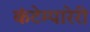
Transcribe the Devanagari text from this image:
कंटेम्पारेरी